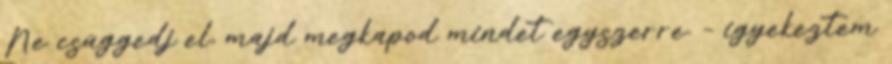
Ne csüggedj el, majd megkapod mindet egyszerre. – igyekeztem